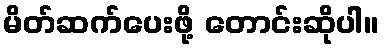
မိတ်ဆက်ပေးဖို့ တောင်းဆိုပါ။